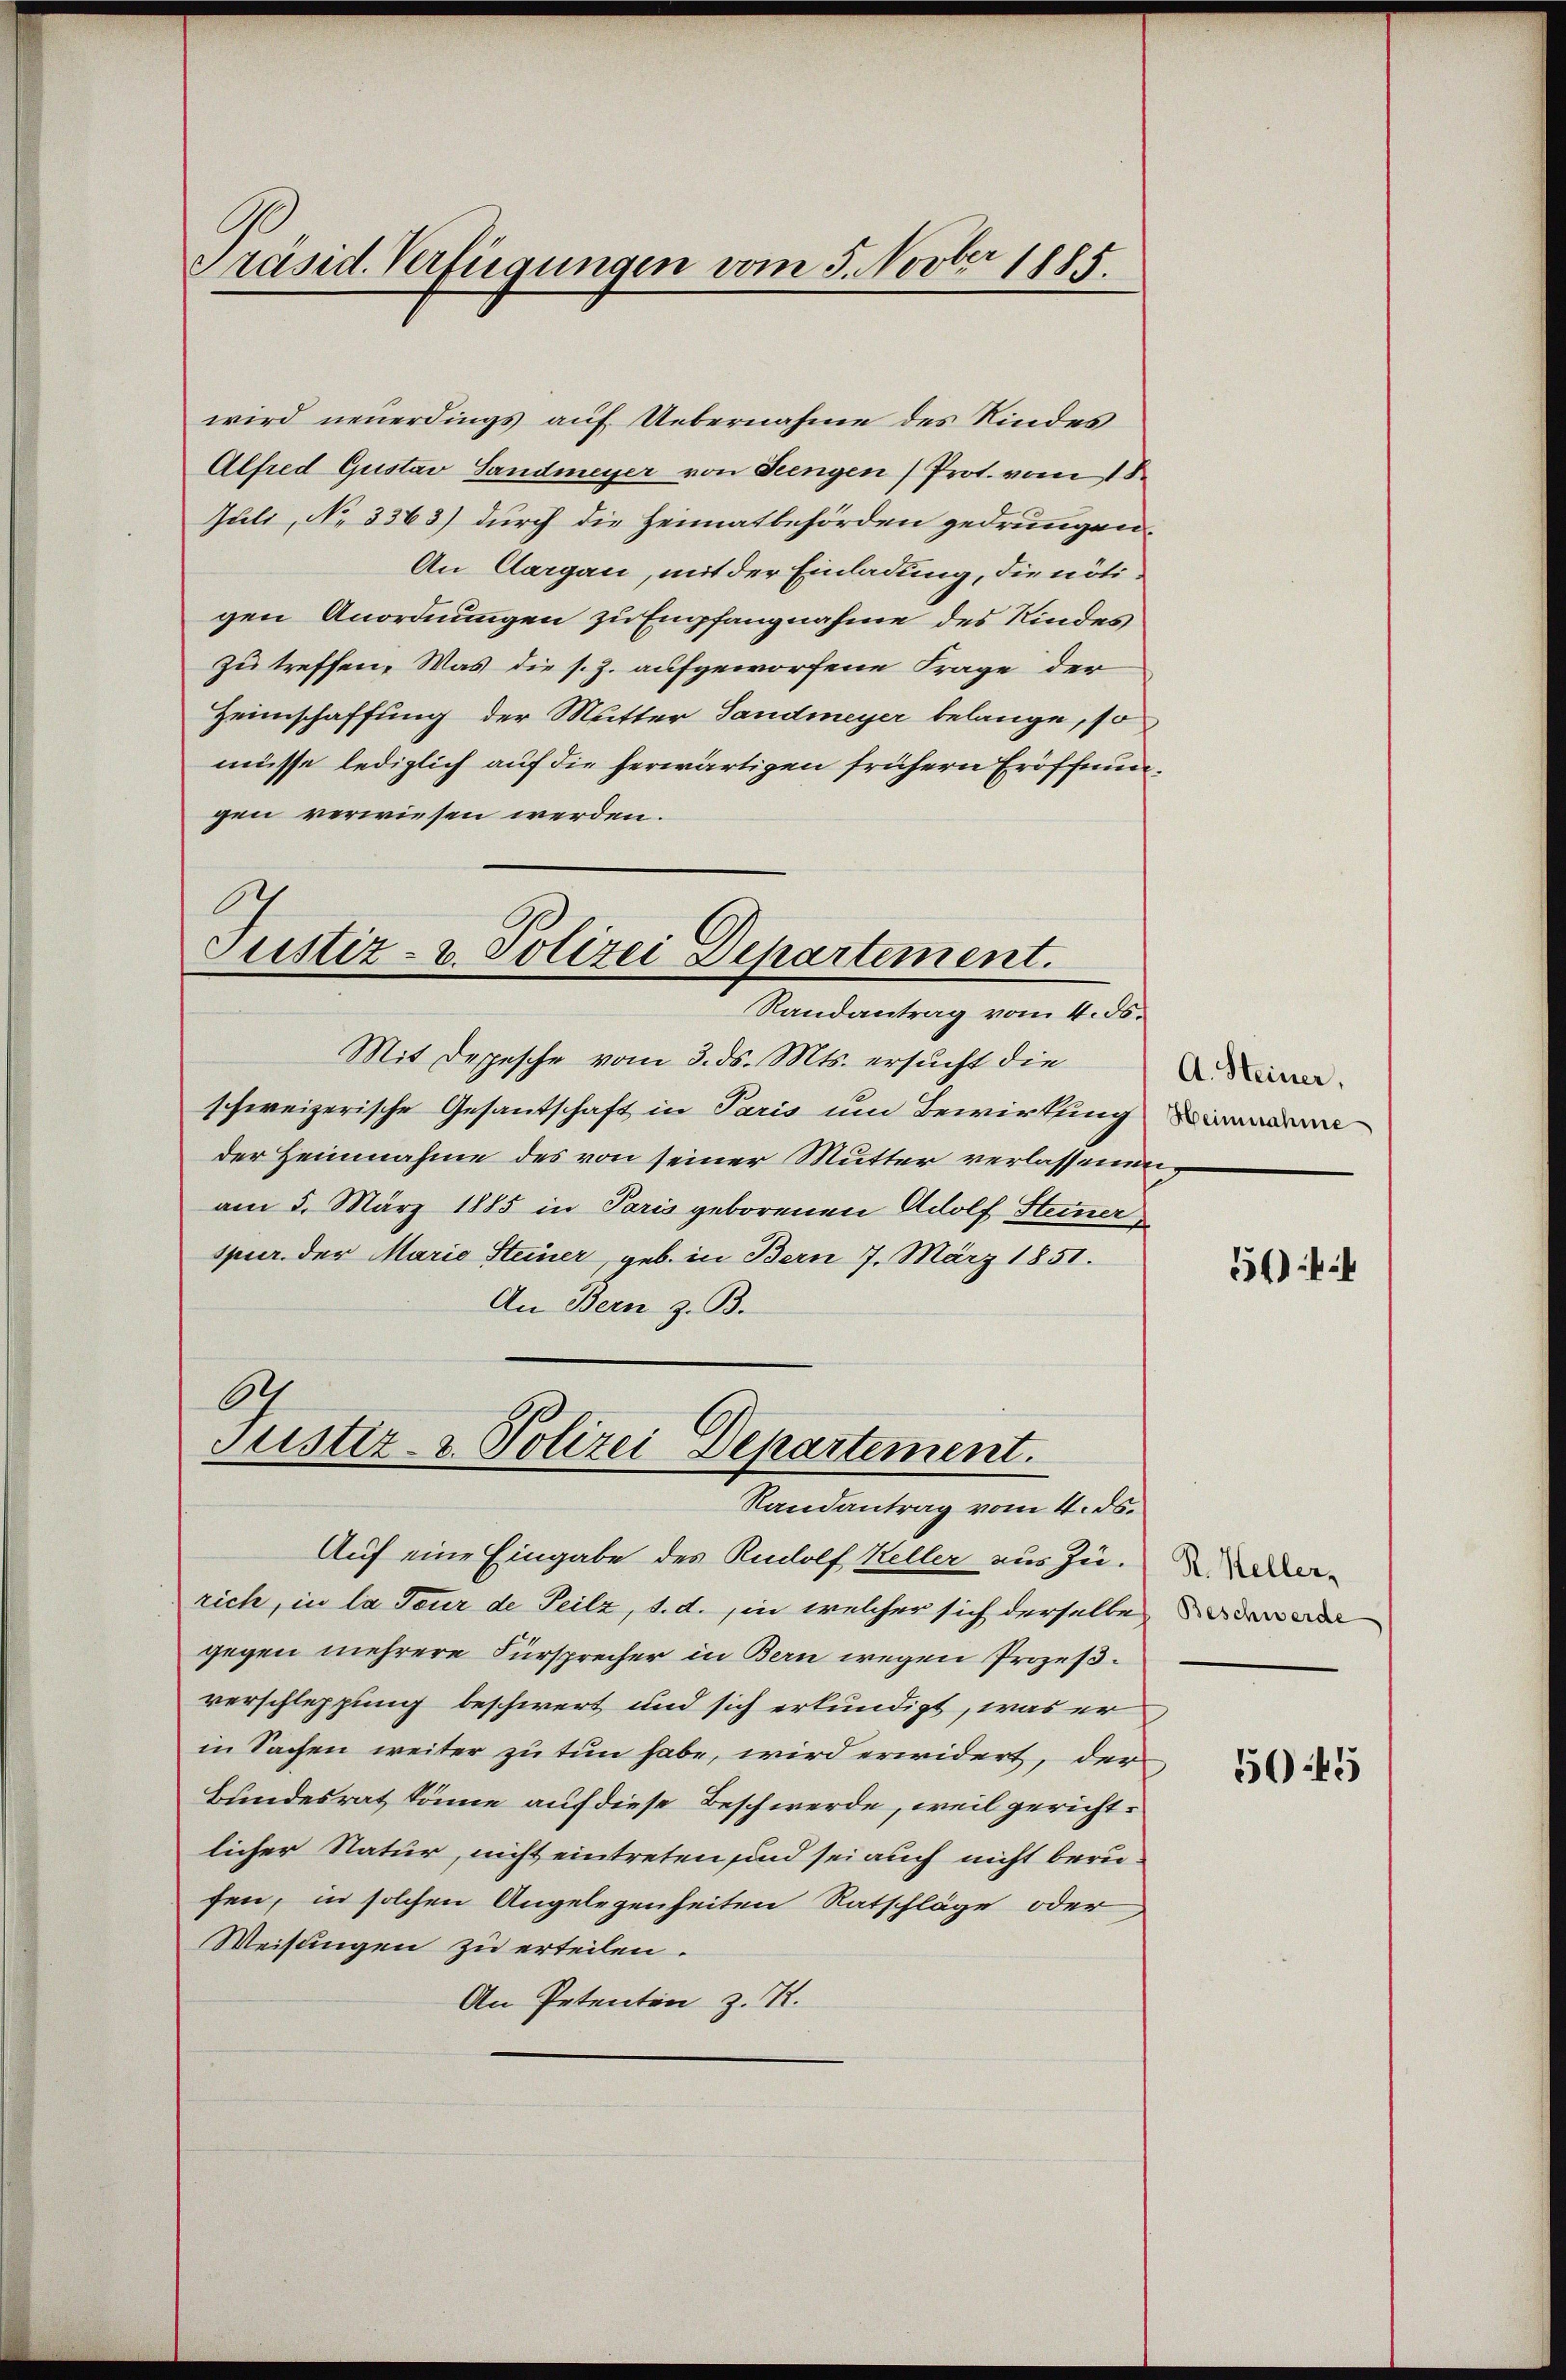
Präsid. Verfügungen vom 5. Novber 1885.

wird neuerdings auf Uebernahme des Kindes
Alfred Gustav Sandmeyer von Seengen) Prot. vom 18.
Juli, No 3363) durch die Heimatbehörden gedrungen.
An Aargau, mit der Einladung, die nötigen Anordnungen zu Empfangnahme des Kindes
zu treffen. Was die s. Z. aufgeworfene Frage der
Heimschaffung der Mutter Sandmeyer belange, so
müsse lediglich auf die herwärtigen frühern Eröffnungen verwiesen werden.
C.
Justiz- u. Polizei Departement.
Randantrag vom 4. ds.
Mit Depesche vom 3. ds. Mts. ersucht die
schweizerische Gesandschaft in Paris um Bewirkung
der Heinnahme des von seiner Mutter verlassenenam 5. März 1885 in Paris geborenen Adolf Stemmer
spur. der Marie Steiner, geb. in Bern 7. März 1851.
An Bern z. B.

6
Sistiz- & Polizei Departement.
Randantrag vom 4. ds.

Auf eine Eingabe des Rudolf Keller aus Zurich, in la Tour de Teilz, 1. d. in welcher sich derselbe
gegen mehrere Fürsprecher in Bern wegen Prozeßverschleppung beschwert und sich erkundigt, was er
in Sachen weiter zu tun habe, wird erwidert, der
Bundesrat könne auf diese Beschwerde, weil gerichtlicher Natur, nicht eintreten sind sei auch nicht berufen, in solchen Angelegenheiten Ratschläge oder
Weisungen zu erteilen.
An Petenten z. R.

A. Steiner,

544

R. Heller,
Beschwerde

5045